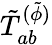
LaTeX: \tilde{T}_{ab}^{(\tilde{\phi})}